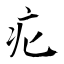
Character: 疕